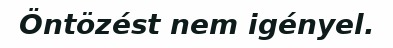
Öntözést nem igényel.